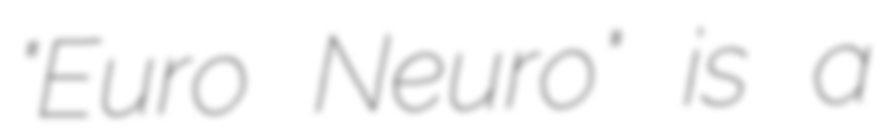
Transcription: "Euro Neuro" is a